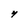
Character: y